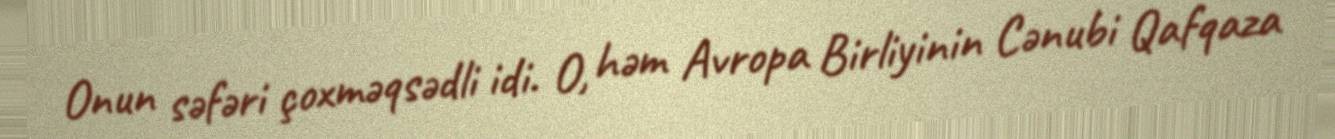
Onun səfəri çoxməqsədli idi. O, həm Avropa Birliyinin Cənubi Qafqaza